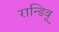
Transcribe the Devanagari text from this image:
रान्डिवू